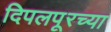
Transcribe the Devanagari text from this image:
दिपलपूरच्या